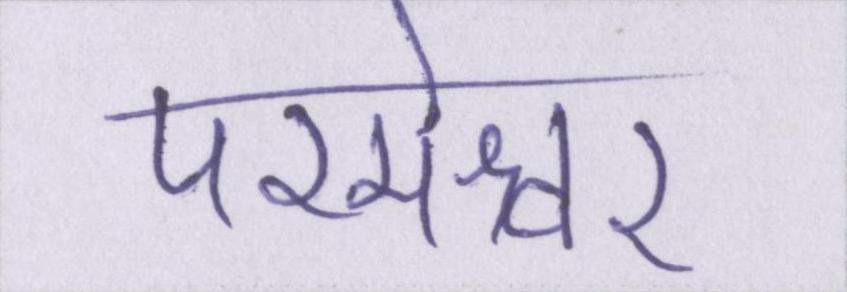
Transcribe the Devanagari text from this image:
परमेश्वर